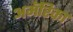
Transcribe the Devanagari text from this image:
अमॅरिका